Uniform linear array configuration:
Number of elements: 48
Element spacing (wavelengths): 0.75
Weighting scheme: uniform
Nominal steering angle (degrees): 15
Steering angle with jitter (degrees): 16.879
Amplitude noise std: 0.05
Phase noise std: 0.05

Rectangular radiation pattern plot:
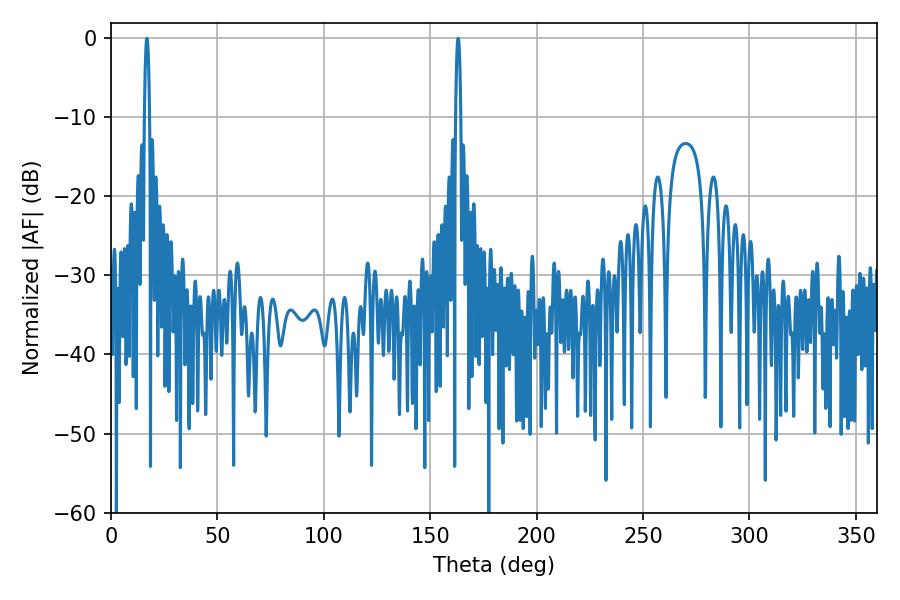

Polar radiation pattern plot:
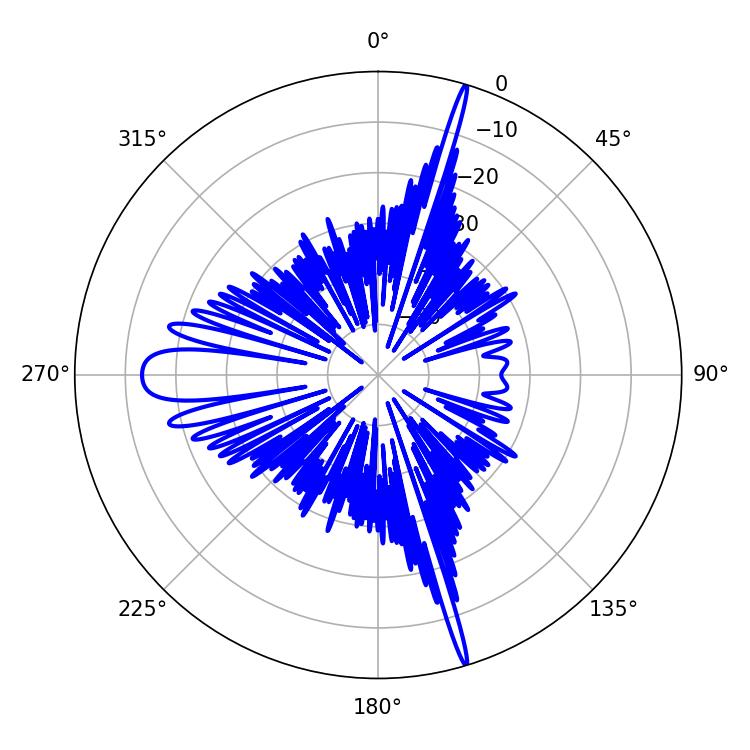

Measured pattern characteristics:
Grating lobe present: TRUE
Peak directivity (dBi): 26.352
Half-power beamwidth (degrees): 1.26
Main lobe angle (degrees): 163.08